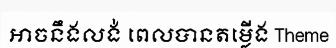
អាចនឹងលង់ ពេលបានតម្លើង Theme